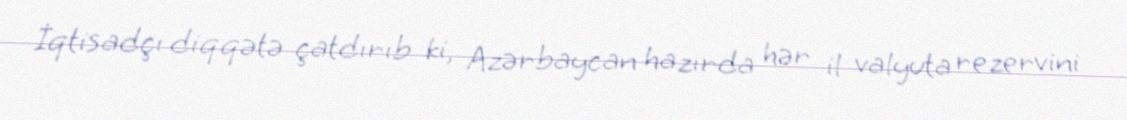
İqtisadçı diqqətə çatdırıb ki, Azərbaycan hazırda hər il valyuta rezervini